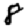
Digit: 8